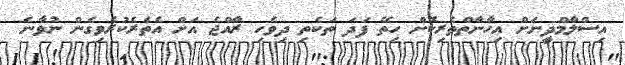
އިސްލާމްދީނަށް އިހާނާތްތެރިކޮށް ހިތޭ ފަދަ ތަކެތި ދިވެހި ރާއްޖެ އަށް އެތެރެކުރެވިގެން ނުވާނެ